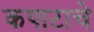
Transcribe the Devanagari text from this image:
कपाटाचे